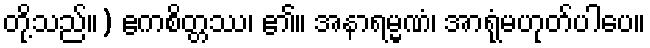
တို့သည်။) ဧကစိတ္တဿ၊ ၏။ အနာရမ္မဏံ၊ အာရုံမဟုတ်ပါပေ။